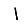
Digit: 1